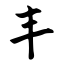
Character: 丰